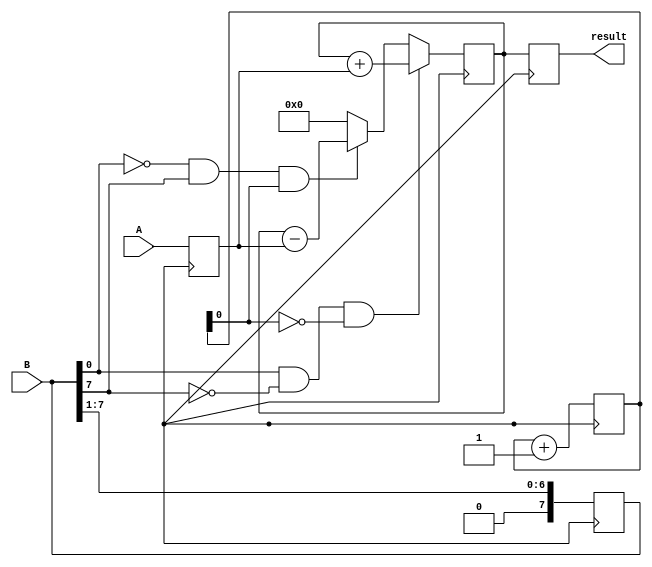
module Booth_Multiplier(
    input [7:0] A, B,
    output reg [15:0] result
);

reg [7:0] mult_A;
reg [15:0] partial_product;
reg [3:0] counter;

always @(posedge clk) begin
    mult_A <= A;
    partial_product <= 16'b0;
    counter <= 4'b0;

    repeat(8) begin
        if (B[0] & !B[7] & !counter[0]) begin  // Match the Booth recoding pattern
            partial_product <= partial_product + {8'b0, mult_A};
        end else if (!B[0] & B[7] & counter[0]) begin
            partial_product <= partial_product - {8'b0, mult_A};
        end

        B <= B >> 1;
        counter <= counter + 1;
    end
end

always @(posedge clk) begin
    result <= partial_product;
end

endmodule